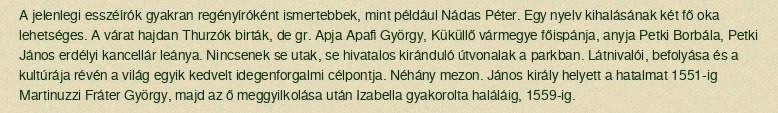
A jelenlegi esszéírók gyakran regényíróként ismertebbek, mint például Nádas Péter. Egy nyelv kihalásának két fő oka lehetséges. A várat hajdan Thurzók birták, de gr. Apja Apafi György, Küküllő vármegye főispánja, anyja Petki Borbála, Petki János erdélyi kancellár leánya. Nincsenek se utak, se hivatalos kiránduló útvonalak a parkban. Látnivalói, befolyása és a kultúrája révén a világ egyik kedvelt idegenforgalmi célpontja. Néhány mezon. János király helyett a hatalmat 1551-ig Martinuzzi Fráter György, majd az ő meggyilkolása után Izabella gyakorolta haláláig, 1559-ig.